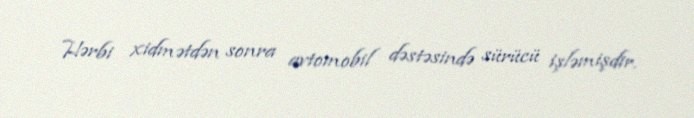
Hərbi xidmətdən sonra avtomobil dəstəsində sürücü işləmişdir.